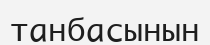
танбасынын